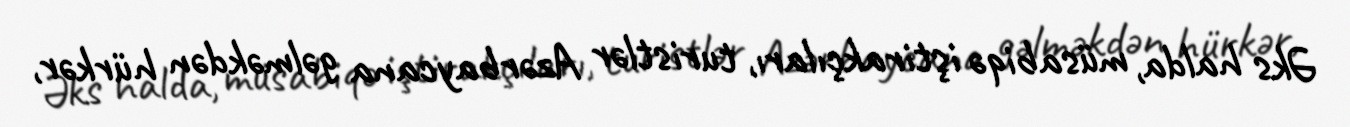
Əks halda, müsabiqə iştirakçıları, turistlər Azərbaycana gəlməkdən hürkər,